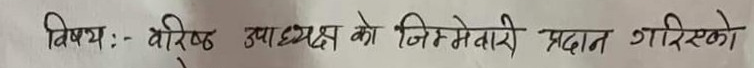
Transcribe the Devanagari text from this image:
विषय:- वरिष्ठ उपाध्यक्ष को जिम्मेवारी प्रदान गरिएको